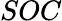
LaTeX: SOC